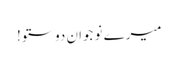
میرے نو جوان دوستو!